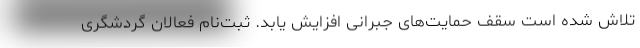
تلاش شده است سقف حمایت‌های جبرانی افزایش یابد. ثبت‌نام فعالان گردشگری